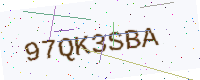
Text: 97QK3SBA